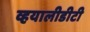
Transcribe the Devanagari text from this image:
व्हयालीडीटी